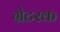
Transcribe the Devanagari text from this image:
ग्रेटरक